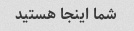
شما اینجا هستید